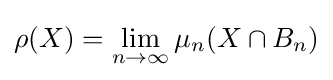
\rho (X)=\lim _{n\to \infty }\mu _{n}(X\cap B_{n})